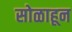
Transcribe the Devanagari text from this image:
सोळाहून